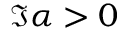
\Im { \alpha } > 0